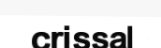
crissal